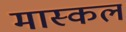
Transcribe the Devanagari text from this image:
मास्कल